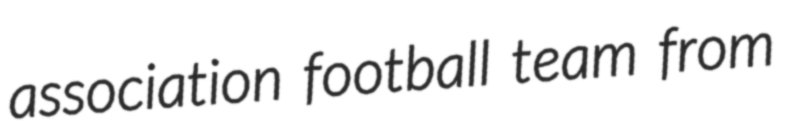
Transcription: association football team from